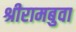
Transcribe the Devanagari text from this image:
श्रीरामबुवा